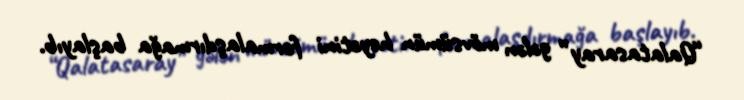
“Qalatasaray” gələn mövsümün heyətini formalaşdırmağa başlayıb.